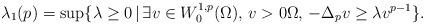
LaTeX: \begin{align*} \lambda_1(p) = \sup \{\lambda \geq 0\,|\,\exists v \in W^{1,p}_0(\Omega),\,v > 0 \Omega,\,-\Delta_p v \geq \lambda v^{p-1} \}. \end{align*}